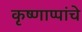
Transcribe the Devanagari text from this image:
कृष्णाप्पांचे